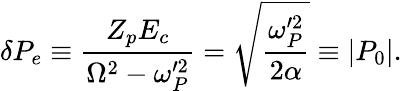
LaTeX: \delta P_{e}\equiv\frac{Z_{p}E_{c}}{\Omega^{2}-\omega_{P}^{\prime 2}}=\sqrt{\frac{\omega_{P}^{\prime 2}}{2\alpha}}\equiv|P_{0}|.